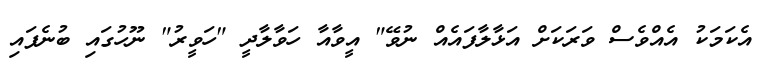
އެކަމަކު އެއްވެސް ވަރަކަށް އަޅާލާފައެއް ނުވޭ" އީވާއާ ހަވާލާދީ "ހަވީރު" ނޫހުގައި ބުނެފައި